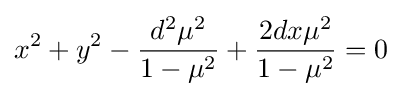
x^{2}+y^{2}-{\frac {d^{2}\mu ^{2}}{1-\mu ^{2}}}+{\frac {2dx\mu ^{2}}{1-\mu ^{2}}}=0